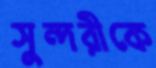
সুন্দরীকে